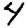
Digit: 4